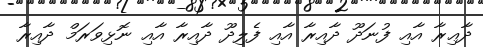
ދާޢިރާ އާއި ފުނަދޫ ދާއިރާ އާއި ފެލިދޫ ދާއިރާ އާއި ނޮޅިވަރަމް ދާއިރާ